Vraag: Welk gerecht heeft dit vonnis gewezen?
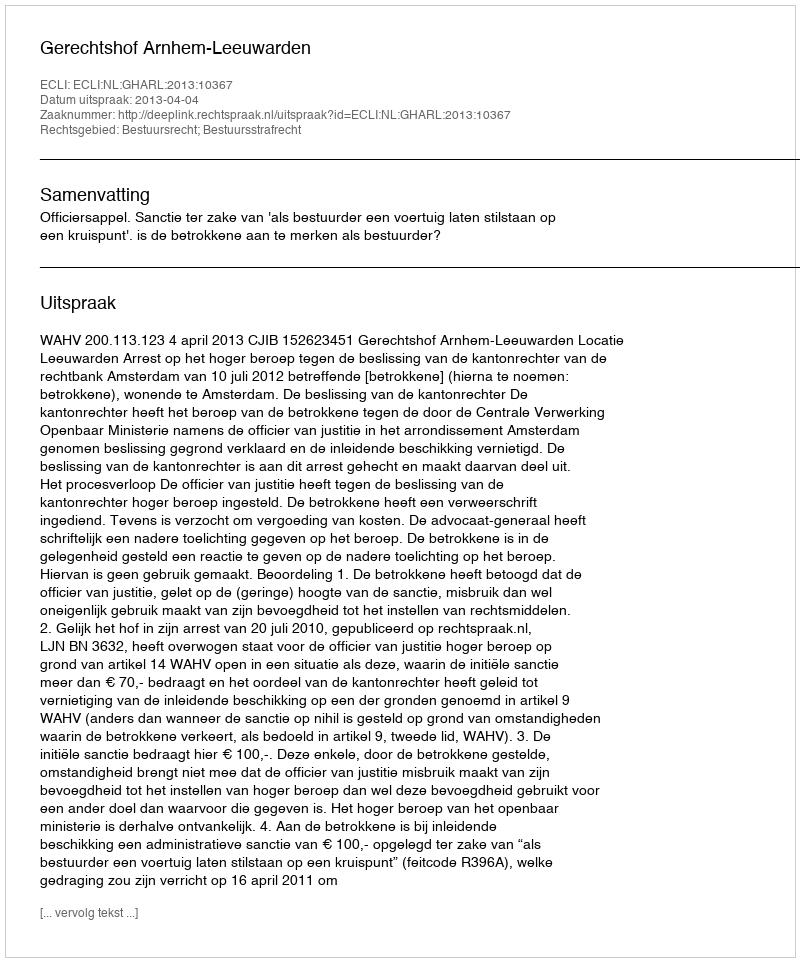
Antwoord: Gerechtshof Arnhem-Leeuwarden